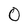
Character: O